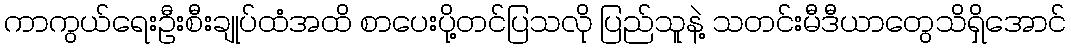
ကာကွယ်ရေးဦးစီးချုပ်ထံအထိ စာပေးပို့တင်ပြသလို ပြည်သူနဲ့ သတင်းမီဒီယာတွေသိရှိအောင်